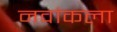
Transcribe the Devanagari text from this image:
नवांकला